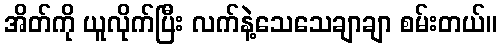
အိတ်ကို ယူလိုက်ပြီး လက်နဲ့သေသေချာချာ စမ်းတယ်။